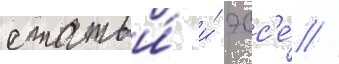
статьи́ и́ эсс'е́ //